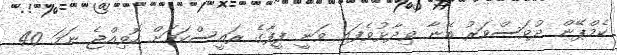
ކެމްޕޭން ދުވަސްވަރު އޭނާ ވިދާޅުވެފައި ވަނީ ފީފާގެ ރައީސްކަމަށް ހޮވިއްޖެ ނަމަ 40